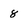
Character: 8